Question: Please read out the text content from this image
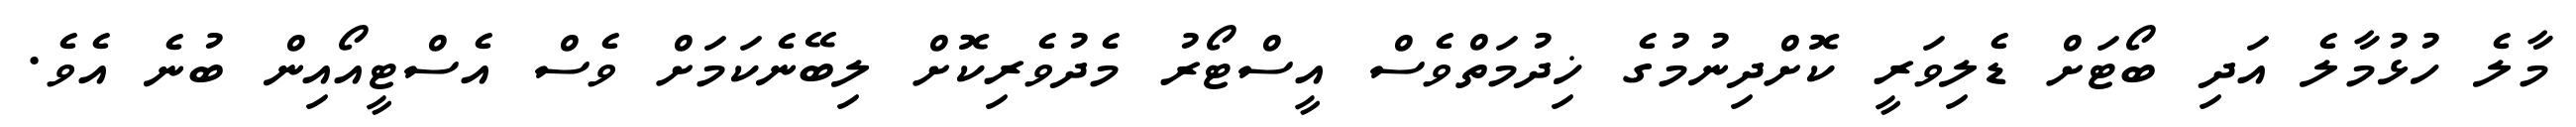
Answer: މާލެ ހުޅުމާލެ އަދި ބޯޓަށް ޑެލިވަރީ ކޮށްދިނުމުގެ ޚިދުމަތްވެސް އީސްޓޯރު މެދުވެރިކޮށް ލިބޭނެކަމަށް ވެސް އެސްޓީއޯއިން ބުނެ އެވެ.